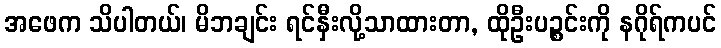
အဖေက သိပါတယ်၊ မိဘချင်း ရင်နှီးလို့သာထားတာ, ထိုဦးပဉ္စင်းကို နဂိုရ်ကပင်